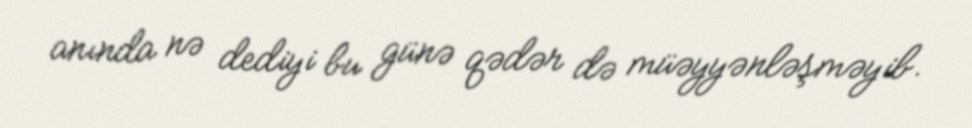
anında nə dediyi bu günə qədər də müəyyənləşməyib.